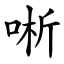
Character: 唽